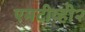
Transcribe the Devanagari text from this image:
एमटीव्ही२